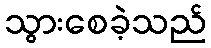
သွားစေခဲ့သည်